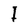
Character: I